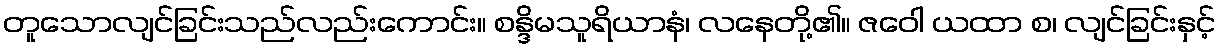
တူသောလျင်ခြင်းသည်လည်းကောင်း။ စန္ဒိမသူရိယာနံ၊ လနေတို့၏။ ဇဝေါ ယထာ စ၊ လျင်ခြင်းနှင့်